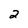
Character: 2